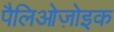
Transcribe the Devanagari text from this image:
पैलिओज़ोइक